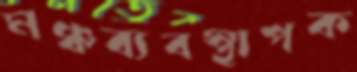
মঞ্চব্যবস্থাপক